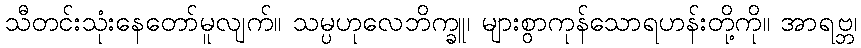
သီတင်းသုံးနေတော်မူလျက်။ သမ္ပဟုလေဘိက္ခူ၊ များစွာကုန်သောရဟန်းတို့ကို။ အာရဗ္ဘ၊